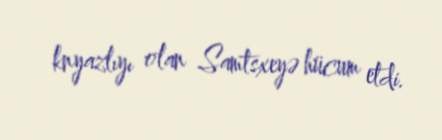
knyazlıyı olan Samtsxeyə hücum etdi.